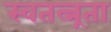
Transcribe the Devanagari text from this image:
स्वतत्न्रता